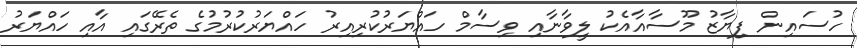
ހުސައިން ފިޔާޒު މޫސާއާއެކު ލީވާނާއި ވިސާމް ހައްޔަރުކުރިއިރު ހައްޔަރުކުރުމުގެ ތެރޭގައި އާއި ހައްޔަރު